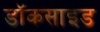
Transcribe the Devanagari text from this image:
डॉकसाइड